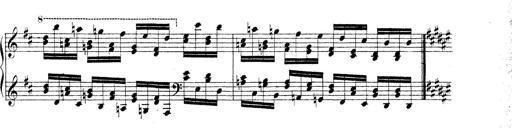
Title: Technische Studien
Composer: Franz Liszt